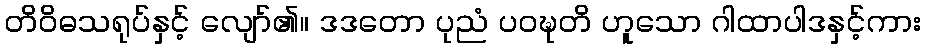
တိဝိဓသရုပ်နှင့် လျော်၏။ ဒဒတော ပုညံ ပဝဍ္ဎတိ ဟူသော ဂါထာပါဒနှင့်ကား